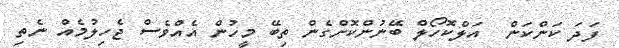
ފަދަ ކަންކަން  އަލްކޮހޯލް ބޭނުންކޮށްގެން ތިބޭ މީހުން އެއްވެސް ޖެހިލުމެއް ނެތި